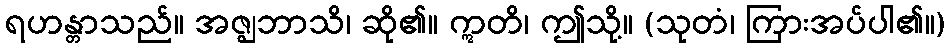
ရဟန္တာသည်။ အဇ္ဈဘာသိ၊ ဆို၏။ ဣတိ၊ ဤသို့။ (သုတံ၊ ကြားအပ်ပါ၏။)